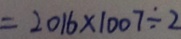
= 2 0 1 6 \times 1 0 0 7 \div 2